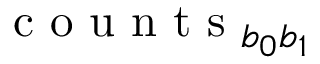
\mathrm { ~ c ~ o ~ u ~ n ~ t ~ s ~ } _ { b _ { 0 } b _ { 1 } }